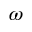
\omega